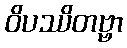
ဝိပဿိတဗ္ဗာ